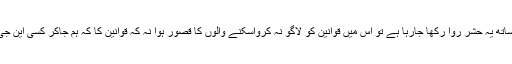
تو جناب اگر آپ کے معاشرے میں اللہ کے قوانین کے ساتھ یہ حشر روا رکھا جارہا ہے تو اس میں قوانین کو لاگو نہ کرواسکنے والوں کا قصور ہوا نہ کہ قوانین کا کہ ہم جاکر کسی این جی اوز سے جاکر قوانین بنانے کی بھیک مانگتے پھریں ۔